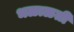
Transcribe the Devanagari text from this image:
भळाळती